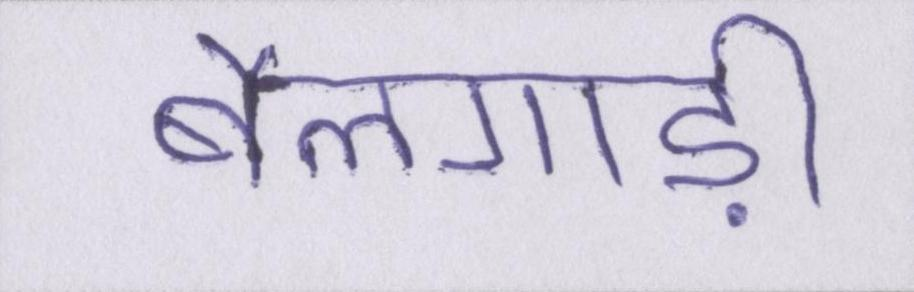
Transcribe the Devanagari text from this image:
बैलगाड़ी